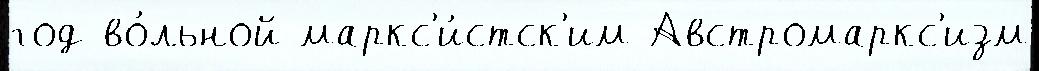
год во́льной маркс'и́стск'им Австромаркс'изм